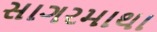
સાગરમાથા